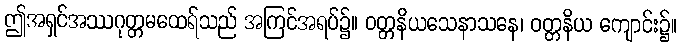
ဤအရှင်အဿဂုတ္တမထေရ်သည် အကြင်အရပ်၌။ ဝတ္တနိယသေနာသနေ၊ ဝတ္တနိယ ကျောင်း၌။